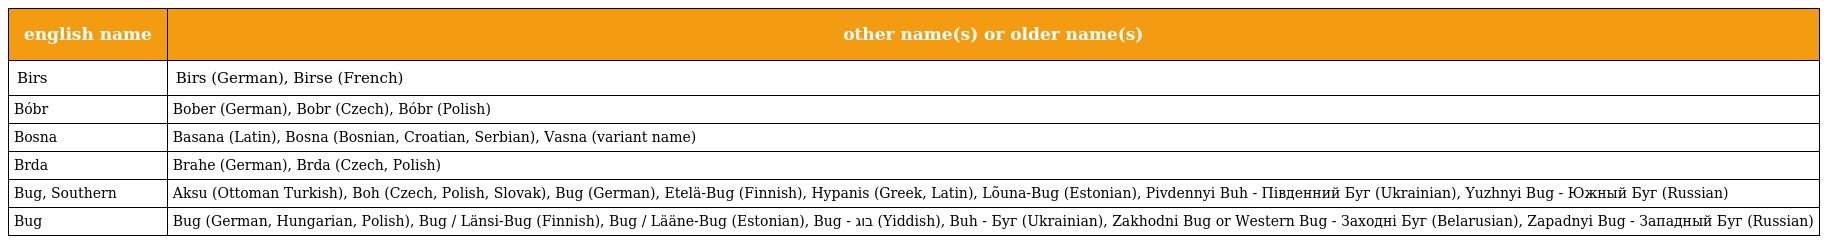
| english name | other name(s) or older name(s) |
 | --- | --- |
 | Birs | Birs (German), Birse (French) |
 | Bóbr | Bober (German), Bobr (Czech), Bóbr (Polish) |
 | Bosna | Basana (Latin), Bosna (Bosnian, Croatian, Serbian), Vasna (variant name) |
 | Brda | Brahe (German), Brda (Czech, Polish) |
 | Bug, Southern | Aksu (Ottoman Turkish), Boh (Czech, Polish, Slovak), Bug (German), Etelä-Bug (Finnish), Hypanis (Greek, Latin), Lõuna-Bug (Estonian), Pivdennyi Buh - Південний Буг (Ukrainian), Yuzhnyi Bug - Южный Буг (Russian) |
 | Bug | Bug (German, Hungarian, Polish), Bug / Länsi-Bug (Finnish), Bug / Lääne-Bug (Estonian), Bug - בוג (Yiddish), Buh - Буг (Ukrainian), Zakhodni Bug or Western Bug - Заходні Буг (Belarusian), Zapadnyi Bug - Западный Буг (Russian) |